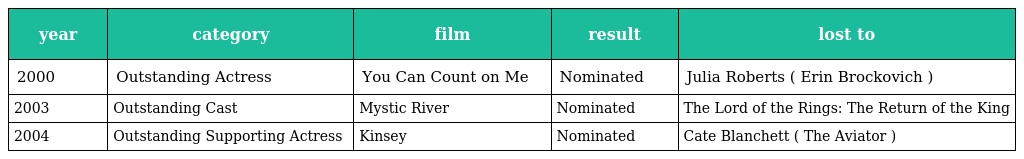
| year | category | film | result | lost to |
 | --- | --- | --- | --- | --- |
 | 2000 | Outstanding Actress | You Can Count on Me | Nominated | Julia Roberts ( Erin Brockovich ) |
 | 2003 | Outstanding Cast | Mystic River | Nominated | The Lord of the Rings: The Return of the King |
 | 2004 | Outstanding Supporting Actress | Kinsey | Nominated | Cate Blanchett ( The Aviator ) |